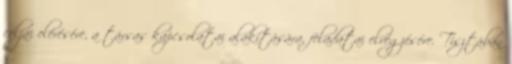
céljai elérésére, a társas kapcsolatai alakítására, feladatai elvégzésére. Tisztában